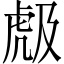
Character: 𱿐